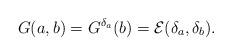
LaTeX: \begin{align*}G(a,b)=G^{\delta_a}(b)= \mathcal{E}(\delta_a, \delta_b).\end{align*}